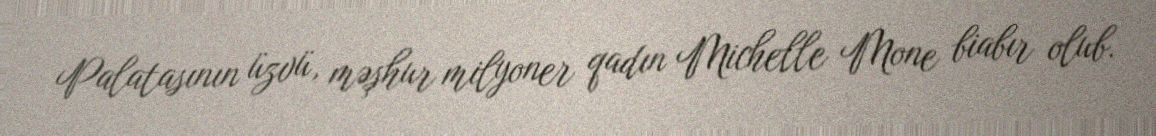
Palatasının üzvü, məşhur milyoner qadın Michelle Mone biabır olub.